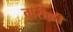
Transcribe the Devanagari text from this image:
तारीक़ी